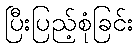
ပြီးပြည့်စုံခြင်း